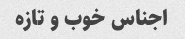
اجناس خوب و تازه